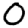
Digit: 0